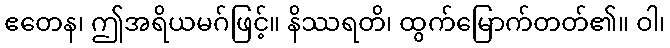
ဧတေန၊ ဤအရိယမဂ်ဖြင့်။ နိဿရတိ၊ ထွက်မြောက်တတ်၏။ ဝါ၊